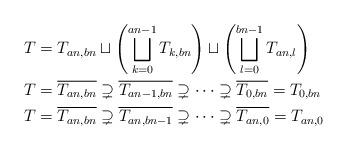
LaTeX: \begin{align*} T&=T_{an,bn} \sqcup \left(\bigsqcup_{k=0}^{an-1} T_{k,bn}\right) \sqcup \left(\bigsqcup_{l=0}^{bn-1} T_{an,l} \right)\\ T&=\overline{T_{an,bn}} \supsetneq \overline{T_{an-1,bn}} \supsetneq \dotsb \supsetneq \overline{T_{0,bn}}=T_{0,bn}\\ T&=\overline{T_{an,bn}} \supsetneq \overline{T_{an,bn-1}} \supsetneq \dotsb \supsetneq \overline{T_{an,0}}=T_{an,0} \end{align*}